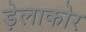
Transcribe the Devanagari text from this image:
ड़ेलाकोर